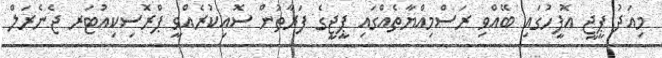
މިއަދު ޕީޖީ އޮފީހުގައި ބޭއްވި ރަަސްމިއްޔާތެއްގައި ޕީޖީގެ ފަރާތުން ސޮއިކުރެއްވީ ޕްރޮސިކިއުޓަރ ޖެނެރަލް